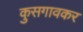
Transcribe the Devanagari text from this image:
कुसगावकर